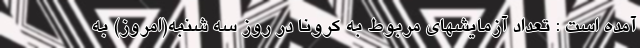
آمده است : تعداد آزمایشهای مربوط به کرونا در روز سه شنبه(امروز) به